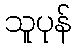
သူပုန်